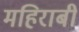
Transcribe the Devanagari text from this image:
महिराबी